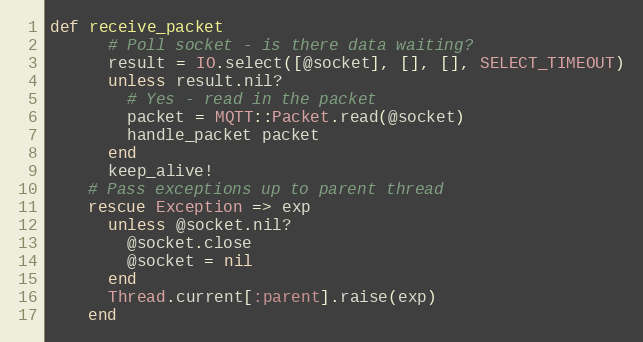
Language: Ruby
def receive_packet
      # Poll socket - is there data waiting?
      result = IO.select([@socket], [], [], SELECT_TIMEOUT)
      unless result.nil?
        # Yes - read in the packet
        packet = MQTT::Packet.read(@socket)
        handle_packet packet
      end
      keep_alive!
    # Pass exceptions up to parent thread
    rescue Exception => exp
      unless @socket.nil?
        @socket.close
        @socket = nil
      end
      Thread.current[:parent].raise(exp)
    end